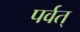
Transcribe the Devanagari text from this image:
पर्वत्